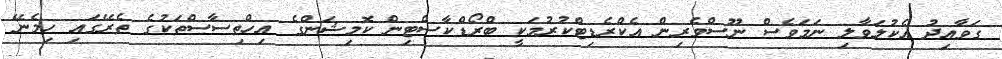
ގަވާއިދު އެކުލަވާލި ނަމަވެސް ނޫސްވެރިން އެކްރެޑިޓްކުރުމަކީ ބްރޯޑްކާސްޓިން ކޮމިޝަންގެ އިހްތިސާސްތަކުގެ ތެރޭގައި ހިމެނޭ